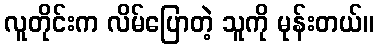
လူတိုင်းက လိမ်ပြောတဲ့ သူကို မုန်းတယ်။